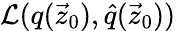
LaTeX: \mathcal{L}(q(\vec{z}_{0}),\hat{q}(\vec{z}_{0}))